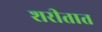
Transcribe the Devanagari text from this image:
शरीतात